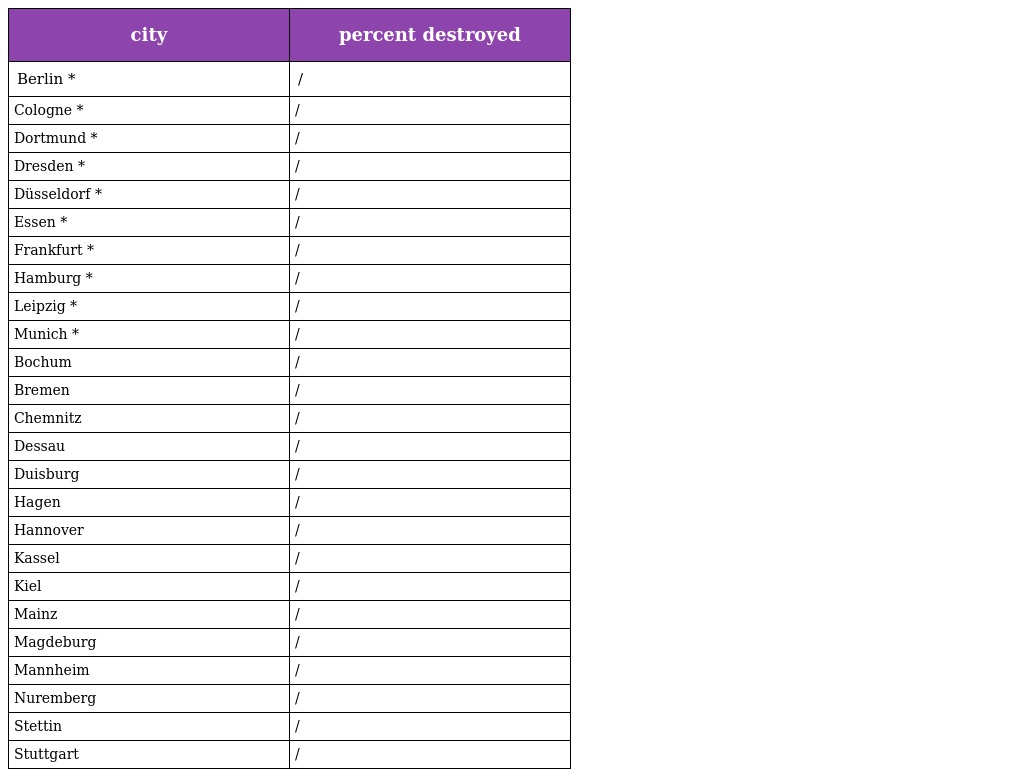
| city | percent destroyed |
 | --- | --- |
 | Berlin * | / |
 | Cologne * | / |
 | Dortmund * | / |
 | Dresden * | / |
 | Düsseldorf * | / |
 | Essen * | / |
 | Frankfurt * | / |
 | Hamburg * | / |
 | Leipzig * | / |
 | Munich * | / |
 | Bochum | / |
 | Bremen | / |
 | Chemnitz | / |
 | Dessau | / |
 | Duisburg | / |
 | Hagen | / |
 | Hannover | / |
 | Kassel | / |
 | Kiel | / |
 | Mainz | / |
 | Magdeburg | / |
 | Mannheim | / |
 | Nuremberg | / |
 | Stettin | / |
 | Stuttgart | / |